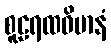
စူဠရထဝိမာနံ